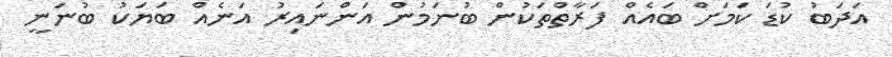
އަދަބު ކުޑަ ކަމަށް ބައެއް ފަރާތްތަކުން ބުނަމުން އަންނައިރު އަނެއް ބަޔަކު ބުނަނީ